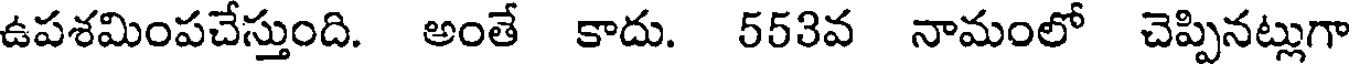
ఉపశమింపచేస్తుంది. అంతే కాదు. 553వ నామంలో చెప్పినట్లుగా